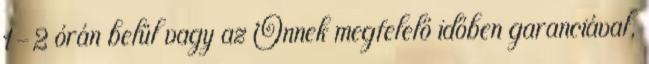
1-2 órán belül vagy az Önnek megfelelő időben garanciával,